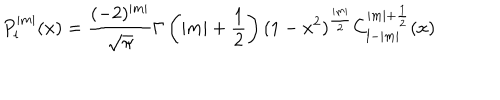
LaTeX: P _ { l } ^ { | m | } ( x ) = \frac { ( - 2 ) ^ { | m | } } { \sqrt { \pi } } \Gamma \left( | m | + \frac { 1 } { 2 } \right) ( 1 - x ^ { 2 } ) ^ { \frac { | m | } { 2 } } C _ { l - | m | } ^ { | m | + \frac { 1 } { 2 } } ( x )